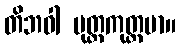
တိဘဝါ မုတ္တကုတ္တမာ။